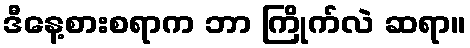
ဒီနေ့စားစရာက ဘာ ကြိုက်လဲ ဆရာ။